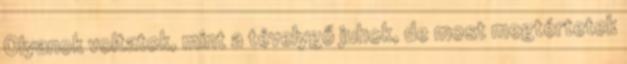
Olyanok voltatok, mint a tévelygő juhok, de most megtértetek